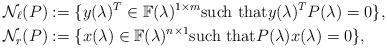
LaTeX: \begin{align*} \mathcal{N}_\ell(P) & := \{y(\lambda)^T\in\mathbb{F}(\lambda)^{1\times m} \mbox{such that} y(\lambda)^TP(\lambda) = 0\},\\\mathcal{N}_r(P) & := \{x(\lambda)\in\mathbb{F}(\lambda)^{n \times 1} \mbox{such that} P(\lambda)x(\lambda) = 0\},\end{align*}